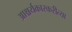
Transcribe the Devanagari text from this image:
आश्चर्यकारकरीत्या